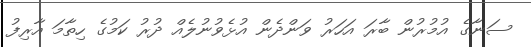
ސަނާގެ އުމުރުން ބާރަ އަހަރު ވަންދެން އުޅެވުނުލެއް ދުރު ކަމުގެ ހިތާމަ އާރިފު